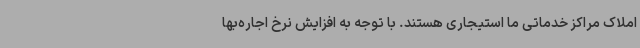
املاک مراکز خدماتی ما استیجاری هستند. با توجه به افزایش نرخ اجاره‌بها